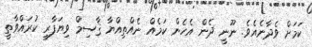
ކަމަށް ވެދާނެއެވެ. ނޫނީ ދެން އެހެން ކަމެއް ނެއްތިއްޔާ ޤާސިމް ވިޔަފާރި ކުރައްވާތީ